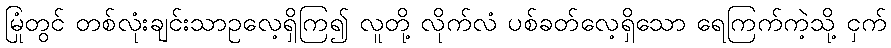
မြုံတွင် တစ်လုံးချင်းသာဥလေ့ရှိကြ၍ လူတို့ လိုက်လံ ပစ်ခတ်လေ့ရှိသော ရေကြက်ကဲ့သို့ ငှက်